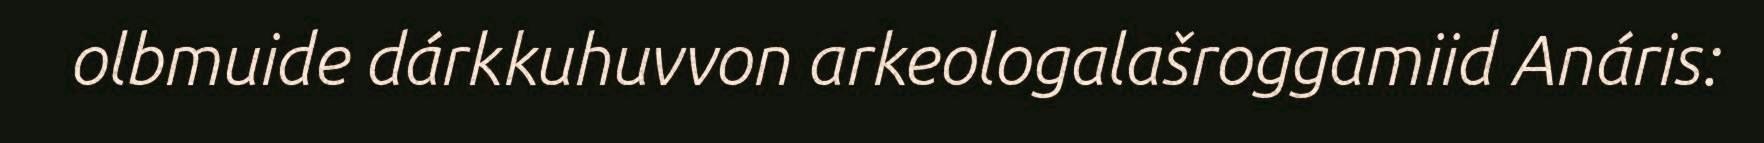
olbmuide dárkkuhuvvon arkeologalašroggamiid Anáris: